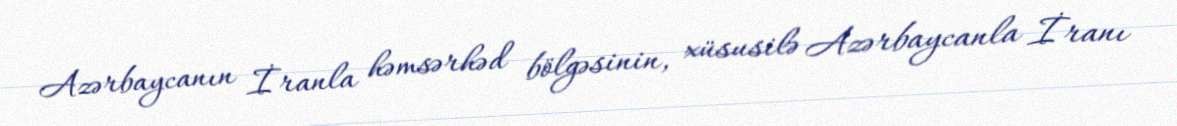
Azərbaycanın İranla həmsərhəd bölgəsinin, xüsusilə Azərbaycanla İranı